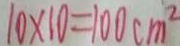
1 0 \times 1 0 = 1 0 0 c m ^ { 2 }